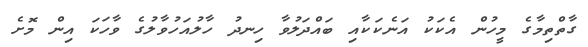
ގާތްތިމާގެ މީހުން އެކަކު އަނެކަކާއި ބައްދަލުވާ ހިނދު ހާލުއަހުވާލުގެ ވާހަކަ އިން މޮށެ